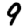
Digit: 9